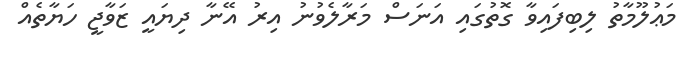
މަޢުލޫމާތު ލިބިފައިވާ ގޮތުގައި އަނަސް މަރާލެވުނު އިރު އޭނާ ދިޔައީ ޒަވާޖީ ހަޔާތެއް